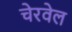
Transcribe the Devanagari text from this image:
चेरवेल